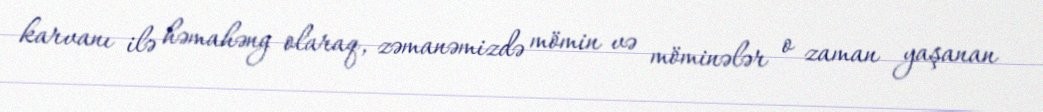
karvanı ilə həmahəng olaraq, zəmanəmizdə mömin və möminələr o zaman yaşanan